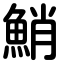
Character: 鮹